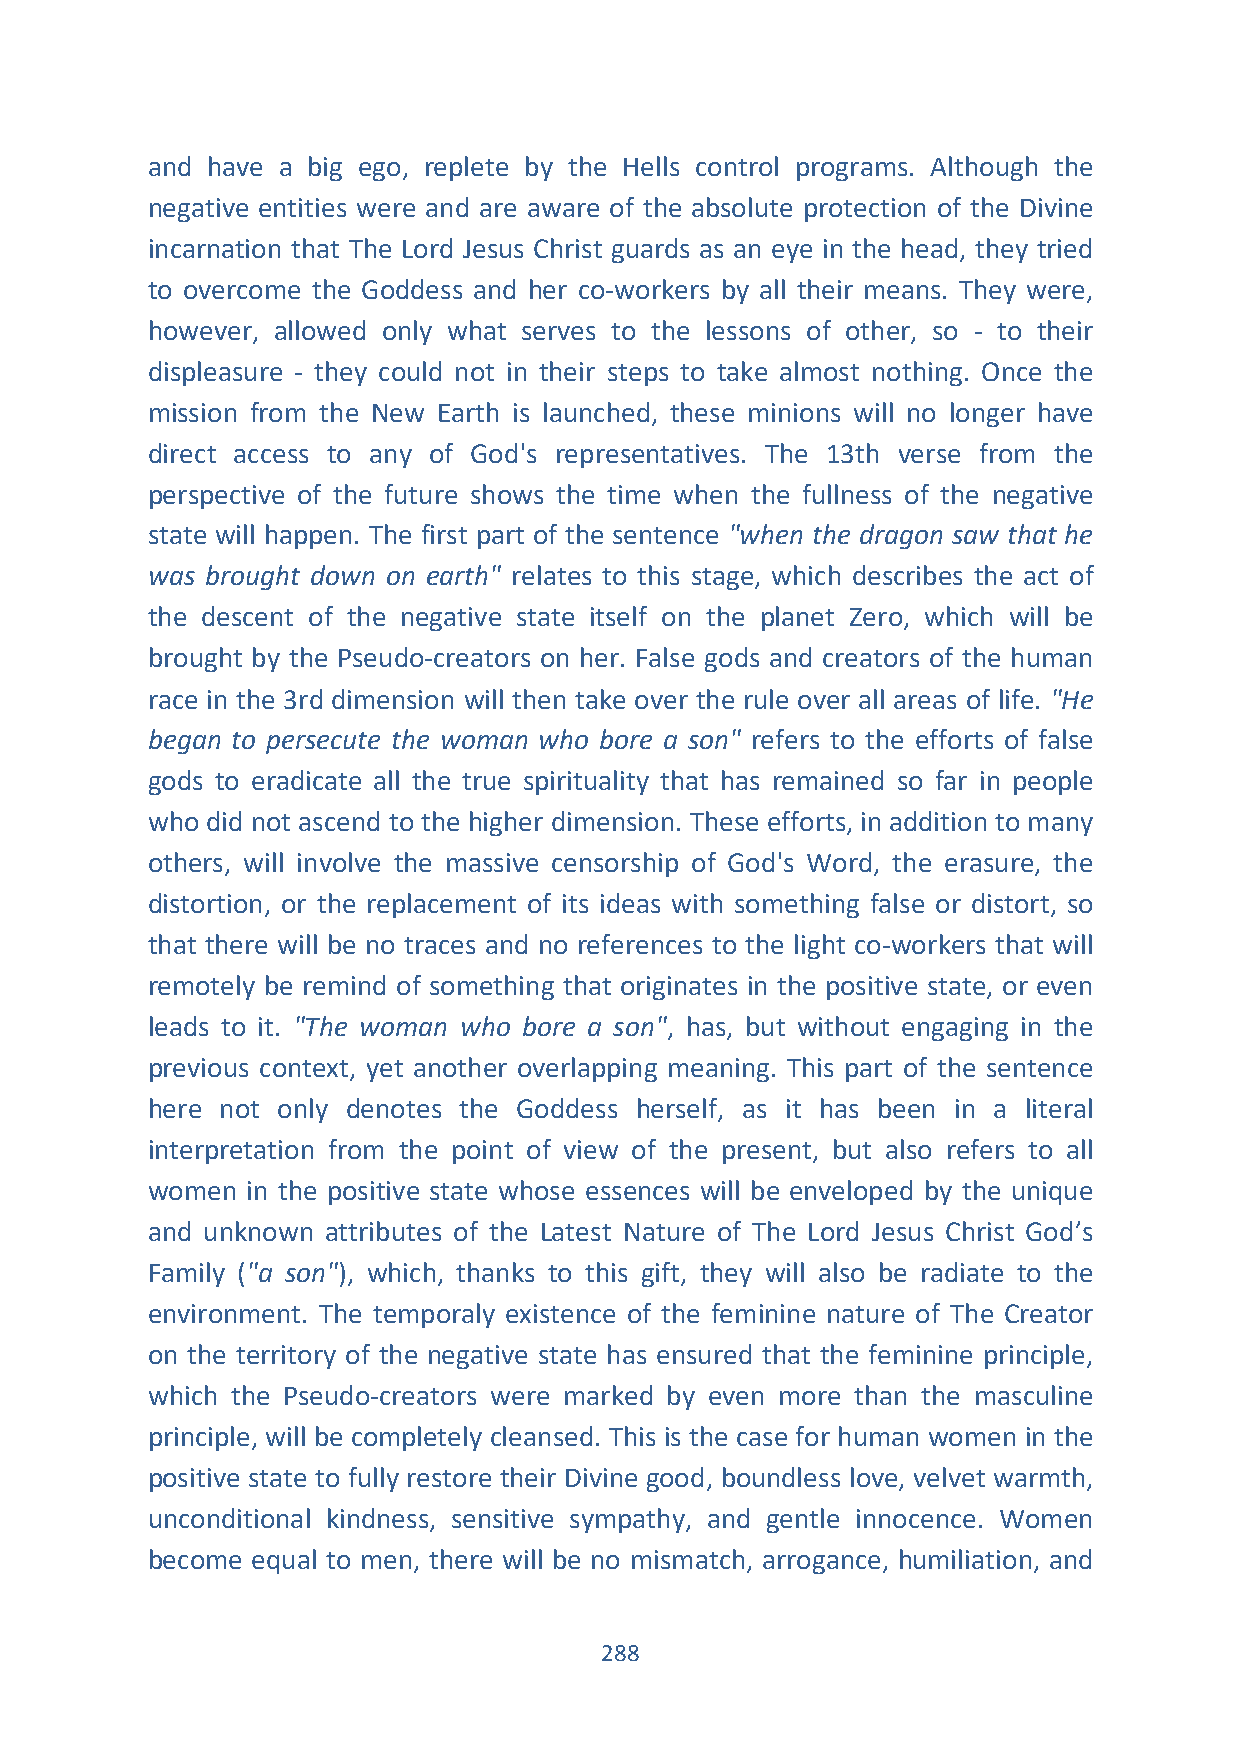
and have a big ego, replete by the Hells control programs. Although the
 negative entities were and are aware of the absolute protection of the Divine
 incarnation that The Lord Jesus Christ guards as an eye in the head, they tried
 to overcome the Goddess and her co-workers by all their means. They were,
 however, allowed only what serves to the lessons of other, so - to their
 displeasure - they could not in their steps to take almost nothing. Once the
 mission from the New Earth is launched, these minions will no longer have
 direct access to any of God's representatives. The 13th verse from the
 perspective of the future shows the time when the fullness of the negative
 state will happen. The first part of the sentence "when the dragon saw that he
 was brought down on earth" relates to this stage, which describes the act of
 the descent of the negative state itself on the planet Zero, which will be
 brought by the Pseudo-creators on her. False gods and creators of the human
 race in the 3rd dimension will then take over the rule over all areas of life. "He
 began to persecute the woman who bore a son" refers to the efforts of false
 gods to eradicate all the true spirituality that has remained so far in people
 who did not ascend to the higher dimension. These efforts, in addition to many
 others, will involve the massive censorship of God's Word, the erasure, the
 distortion, or the replacement of its ideas with something false or distort, so
 that there will be no traces and no references to the light co-workers that will
 remotely be remind of something that originates in the positive state, or even
 leads to it. "The woman who bore a son", has, but without engaging in the
 previous context, yet another overlapping meaning. This part of the sentence
 here not only denotes the Goddess herself, as it has been in a literal
 interpretation from the point of view of the present, but also refers to all
 women in the positive state whose essences will be enveloped by the unique
 and unknown attributes of the Latest Nature of The Lord Jesus Christ God’s
 Family ("a son"), which, thanks to this gift, they will also be radiate to the
 environment. The temporaly existence of the feminine nature of The Creator
 on the territory of the negative state has ensured that the feminine principle,
 which the Pseudo-creators were marked by even more than the masculine
 principle, will be completely cleansed. This is the case for human women in the
 positive state to fully restore their Divine good, boundless love, velvet warmth,
 unconditional kindness, sensitive sympathy, and gentle innocence. Women
 become equal to men, there will be no mismatch, arrogance, humiliation, and
 288